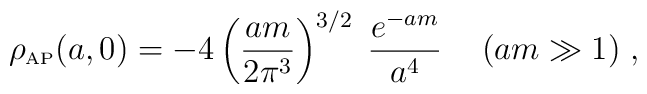
\rho_{\mbox{\tiny AP}} (a,0)=-4\left({am\over2\pi^3}\right)^{3/2}\;{e^{-am}\over a^4}\hskip 0.5 cm (am\gg 1)\; ,